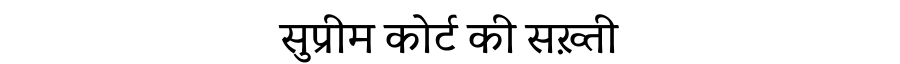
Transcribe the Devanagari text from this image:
सुप्रीम कोर्ट की सख़्ती